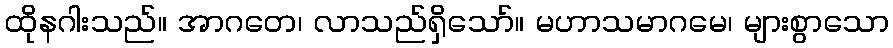
ထိုနဂါးသည်။ အာဂတေ၊ လာသည်ရှိသော်။ မဟာသမာဂမေ၊ များစွာသော